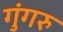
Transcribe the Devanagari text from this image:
गुंगरु